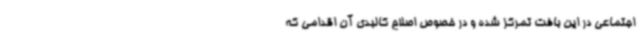
اجتماعی در این بافت تمرکز شده و در خصوص اصلاح کالبدی آن اقدامی که